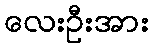
လေးဦးအား